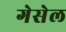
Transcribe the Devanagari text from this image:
गेसेल